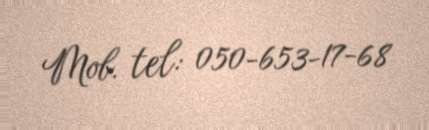
Mob. tel: 050-653-17-68